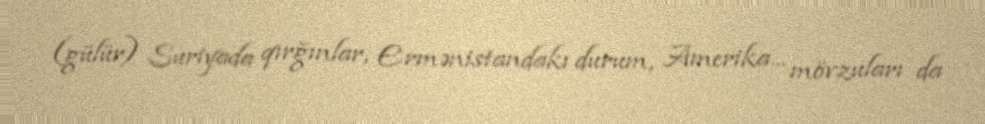
(gülür) Suriyada qırğınlar, Ermənistandakı durum, Amerika... mövzuları da